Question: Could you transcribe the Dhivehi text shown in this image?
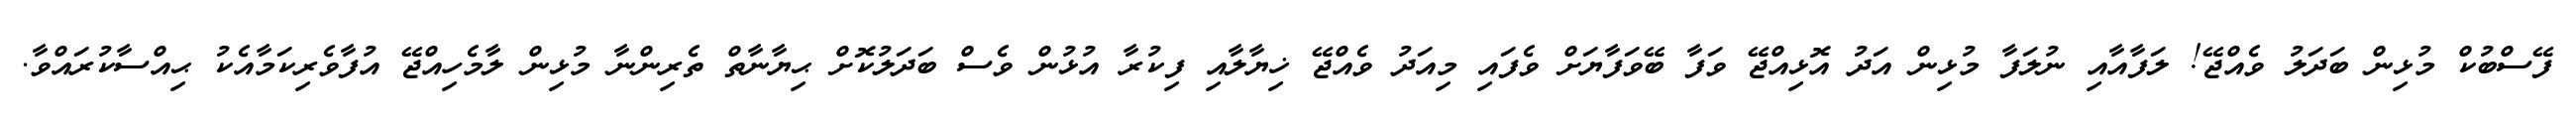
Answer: ފޭސްބުކް މުޅިން ބަދަލު ވެއްޖޭ! ލަފާއާއި ނުލަފާ މުޅިން އަދު އޮޅިއްޖޭ ވަފާ ބޭވަފާޔަށް ވެފައި މިއަދު ވެއްޖޭ ޚިޔާލާއި ފިކުރާ އުޅުން ވެސް ބަދަލުކޮށް ޙިޔާނާތް ތެރިންނާ މުޅިން ލާމެހިއްޖޭ އުފާވެރިކަމާއެކު ޙިއްސާކުރައްވާ.